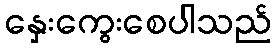
နှေးကွေးစေပါသည်